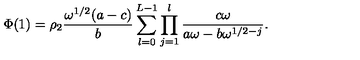
\Phi ( 1 ) = \rho _ { 2 } \frac { \omega ^ { 1 / 2 } ( a - c ) } { b } \sum _ { l = 0 } ^ { L - 1 } \prod _ { j = 1 } ^ { l } \frac { c \omega } { a \omega - b \omega ^ { 1 / 2 - j } } .